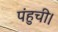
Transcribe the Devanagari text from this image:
पंहुची।